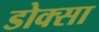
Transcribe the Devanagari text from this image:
डोक्सा